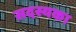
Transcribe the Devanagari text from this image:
सदस्यका